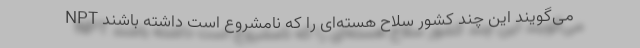
NPT می‌گویند این چند کشور سلاح هسته‌ای را که نامشروع است داشته باشند